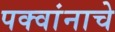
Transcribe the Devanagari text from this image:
पक्वांनाचे